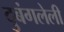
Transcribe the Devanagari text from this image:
दुबंगलेली